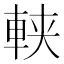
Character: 𨋸